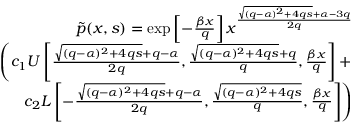
\begin{array} { r l r } & { } & { \tilde { p } ( x , s ) = \exp \left[ - \frac { \beta x } { q } \right] x ^ { \frac { \sqrt { ( q - \alpha ) ^ { 2 } + 4 q s } + \alpha - 3 q } { 2 q } } } \\ & { } & { \left( c _ { 1 } U \left[ \frac { \sqrt { ( q - \alpha ) ^ { 2 } + 4 q s } + q - \alpha } { 2 q } , \frac { \sqrt { ( q - \alpha ) ^ { 2 } + 4 q s } + q } { q } , \frac { \beta x } { q } \right] + \right. } \\ & { } & { \left. c _ { 2 } L \left[ - \frac { \sqrt { ( q - \alpha ) ^ { 2 } + 4 q s } + q - \alpha } { 2 q } , \frac { \sqrt { ( q - \alpha ) ^ { 2 } + 4 q s } } { q } , \frac { \beta x } { q } \right] \right) } \end{array}